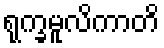
ရုက္ခမူလိကာတိ